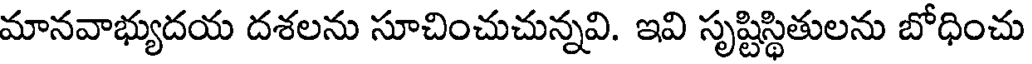
మానవాభ్యుదయ దశలను సూచించుచున్నవి. ఇవి సృష్టిస్థితులను బోధించు